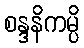
စန္ဒနိကမ္ပိ